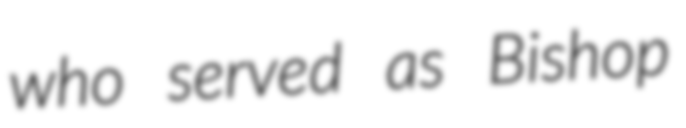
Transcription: who served as Bishop